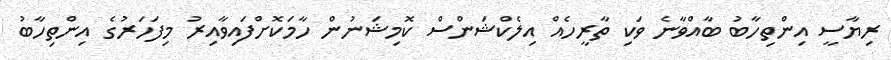
ރިޔާސީ އިންތިހާބު ބާއްވާނެ ވަކި ތާރީހެއް އިލެކްޝަންސް ކޮމިޝަނުން ހާމަކޮށްފައިވާއިރު މިފަހަރުގެ އިންތިހާބު